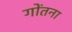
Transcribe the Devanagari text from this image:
गोंतना